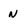
Character: N